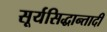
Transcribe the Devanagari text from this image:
सूर्यसिद्धान्तादी